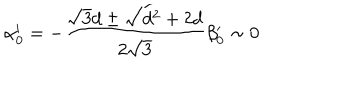
\alpha _ { 0 } ^ { \prime } = - { \frac { \sqrt { 3 } d \pm \sqrt { d ^ { 2 } + 2 d } } { 2 \sqrt { 3 } } } \beta _ { 0 } ^ { \prime } \sim 0